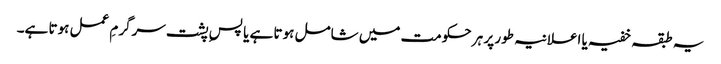
یہ طبقہ خفیہ یا اعلانیہ طور پر ہر حکومت میں شامل ہوتا ہے یا پسِ پشت سرگرمِ عمل ہوتا ہے۔